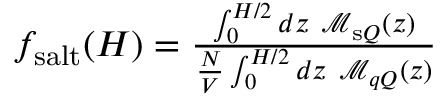
\begin{array} { r } { f _ { \mathrm { s a l t } } ( { H } ) = \frac { \int _ { 0 } ^ { { H } / 2 } d z \ \mathcal { M } _ { \mathrm { s } Q } ( z ) } { \frac { N } { V } \int _ { 0 } ^ { { H } / 2 } d z \ \mathcal { M } _ { q Q } ( z ) } } \end{array}